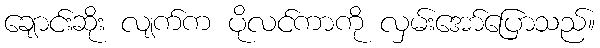
ချောင်းဆိုး လျက်က ပိုလင်ကာကို လှမ်းအော်ပြောသည်။